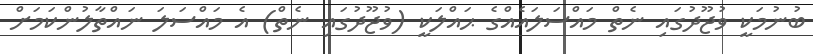
ބުނުމަކީ ވުޖޫދުގައި ނެތް މައްސަލައެއްގެ ޙައްލަކީ (ވުޖޫދުގައި ނެތް) އެ މައްސަލަ ނައްތާލުންކަމަށް